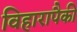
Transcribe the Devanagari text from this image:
विहारापैकी